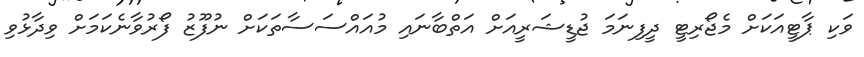
ވަކި ޕާޓީއަކަށް މެޖޯރިޓީ ދީފިނަމަ ޖުޑީޝަރީއަށް އަތްބާނައި މުއައްސަސާތަކަށް ނުފޫޒު ފޯރުވާނެކަމަށް ވިދާޅުވި